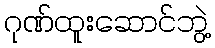
ဂုဏ်ထူးဆောင်ဘွဲ့